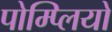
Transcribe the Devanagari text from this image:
पोम्प्लियो